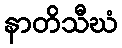
နာတိသီဃံ